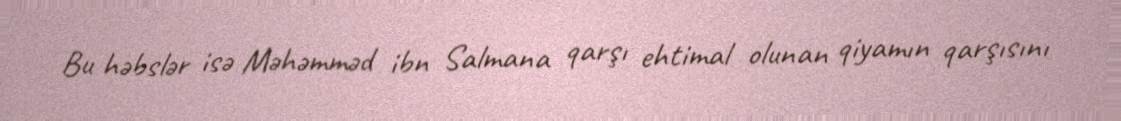
Bu həbslər isə Məhəmməd ibn Salmana qarşı ehtimal olunan qiyamın qarşısını